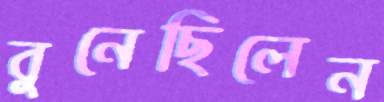
বুনেছিলেন